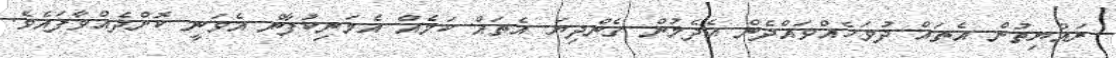
ރައްޔިތުން އެތައް ދުވަހެއްވައްދެން އެދެމުން ގެންދިޔަ އެތައް ކަމެއް އެމަނިކުފާން އެވަނީ ކޮށްދެއްވާފައެވެ.